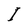
Character: I